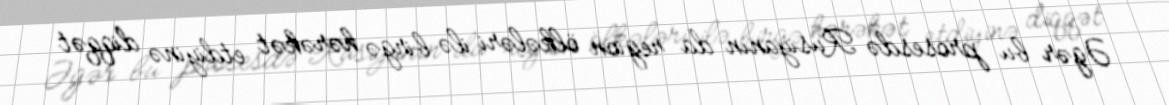
Əgər bu prosesdə Rusiyanın da region ölkələri ilə birgə hərəkət etdiyinə diqqət